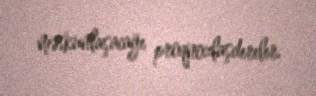
məskunlaşacağı proqnozlaşdırılır.